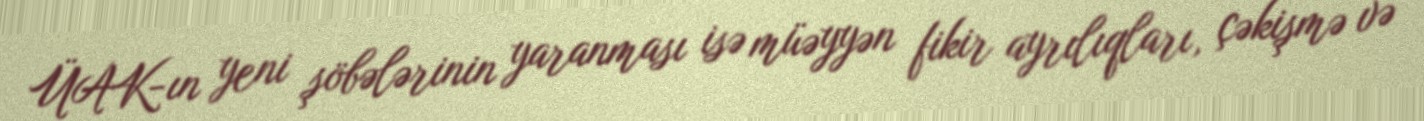
ÜAK-ın yeni şöbələrinin yaranması isə müəyyən fikir ayrılıqları, çəkişmə və